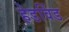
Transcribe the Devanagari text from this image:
हेडविंड